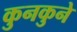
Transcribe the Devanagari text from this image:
कुनकुने